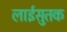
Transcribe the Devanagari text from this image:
लाईसुतक